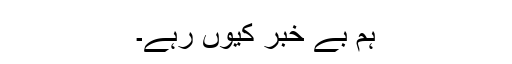
ہم بے خبر کیوں رہے۔